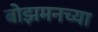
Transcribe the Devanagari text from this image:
बोझमनच्या